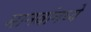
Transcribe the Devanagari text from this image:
मानवांमध्ये